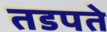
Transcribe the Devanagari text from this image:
तडपते